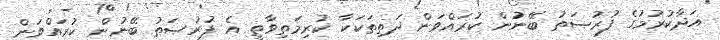
އަދާކުރުމުގެ ފުރުޞަތު ބޭނުން ކުރައްވަން ދަތިތަކަކާ ކުރިމަތިވާތީ އެ ފުރުޞަތު ބޭނުން ކުރައްވަން